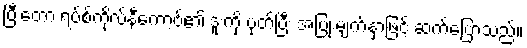
ပြီးတော့ ရပ်စ်ကိုလ်နီကော့ဗ်၏ ဒူးကို ပုတ်ပြီး အပြုံးမျက်နှာဖြင့် ဆက်ပြောသည်။